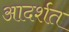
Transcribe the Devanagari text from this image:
आदर्शत